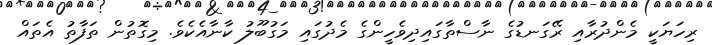
ރިހަޔަކީ މެންދުރާއި ރޭގަނޑުގެ ނާސްތާގައިދިވެހީންގެ މެދުގައި މަގުބޫލު ކާނާއެކެވެ. މިގޮތުން ތަފާތު އެތައް